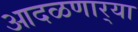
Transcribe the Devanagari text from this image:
आदळणार्‍या